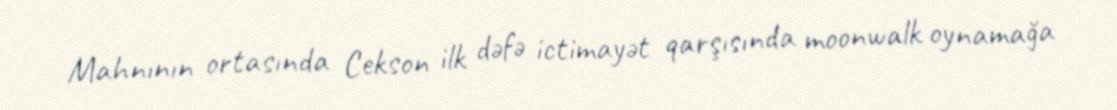
Mahnının ortasında Cekson ilk dəfə ictimayət qarşısında moonwalk oynamağa